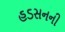
હડસનની